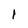
Character: I